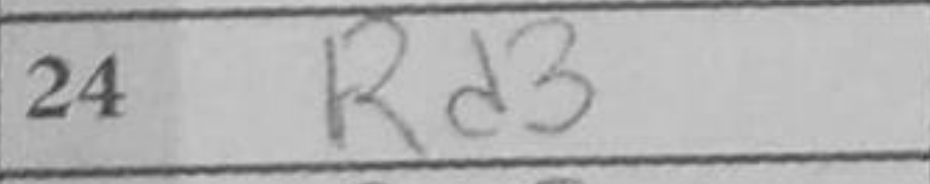
Transcription: Rd3